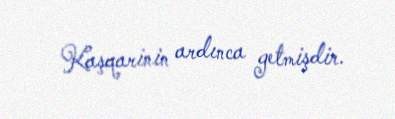
Kaşqarinin ardınca getmişdir.